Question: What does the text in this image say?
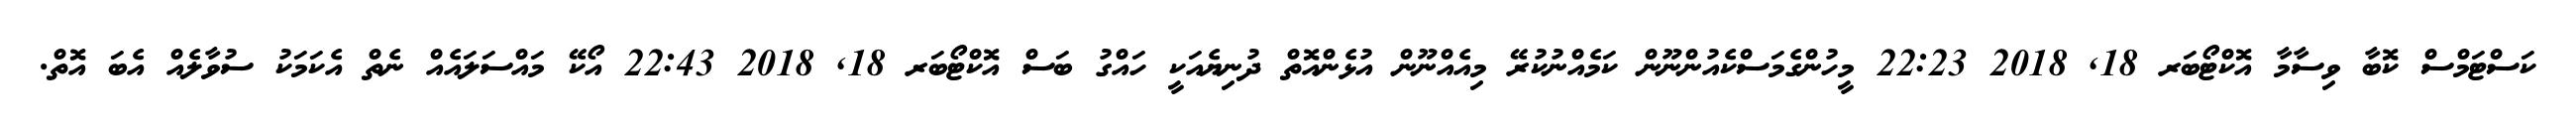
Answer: ކަސްޓަމްސް ކޮބާ ވިސާމާ އޮކްޓޯބަރ 18, 2018 22:23 މީހުންގެމަސްކެއުންނޫން ކަމެއްނުކުރޭ މިއެއްނޫން އުޅެންއޮތް ދުނިޔެއަކީ ހައްގު ބަސް އޮކްޓޯބަރ 18, 2018 22:43 އޯކޭ މައްސަލައެއް ނެތް އެކަމަކު ސުވާލެއް އެބަ އޮތް.